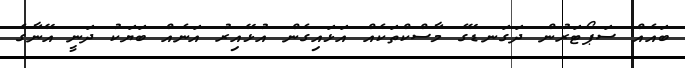
ބައެއް ސަޕޯޓަރުން ދަގަނޑޭގެ މާސްކްތަކެއް އަޅައިގެން އުޅޭއިރު އަނެއް ބަޔަކު ދަނީ އޭނާގެ